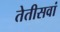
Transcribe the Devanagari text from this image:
तेतीसवां